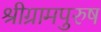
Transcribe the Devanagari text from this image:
श्रीग्रामपुरुष